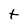
Character: t